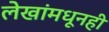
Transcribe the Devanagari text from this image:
लेखांमधूनही